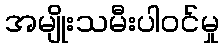
အမျိုးသမီးပါဝင်မှု